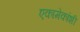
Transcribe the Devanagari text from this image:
एकामेकांशी